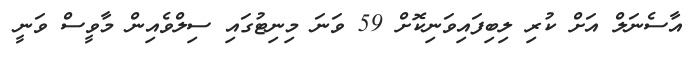
އާސެނަލް އަށް ކުރި ލިބިފައިވަނިކޮށް 59 ވަނަ މިނިޓުގައި ސިލްވެއިން މާވީސް ވަނީ